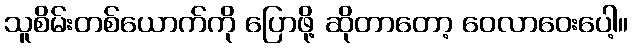
သူစိမ်းတစ်ယောက်ကို ပြောဖို့ ဆိုတာတော့ ဝေလာဝေးပေါ့။